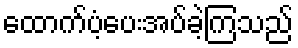
ထောက်ပံ့ပေးအပ်ခဲ့ကြသည်